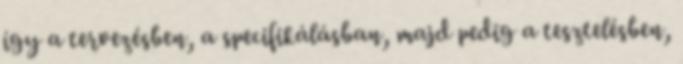
így a tervezésben, a specifikálásban, majd pedig a tesztelésben,